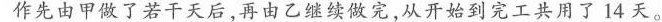
作先由甲做了若干天后，再由乙继续做完，从开始到完工共用了14天。